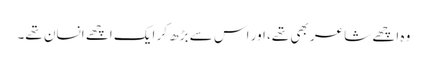
وہ اچھے شاعر بھی تھے، اور اس سے بڑھ کر ایک اچھے انسان تھے۔